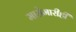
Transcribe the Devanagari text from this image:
मासेमारीही